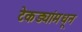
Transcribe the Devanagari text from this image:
टेकड्यांमधून